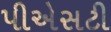
પીએસટી